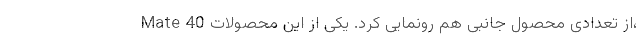
Mate 40 از تعدادی محصول جانبی هم رونمایی کرد. یکی از این محصولات،